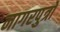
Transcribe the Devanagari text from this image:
नागरपुत्रों